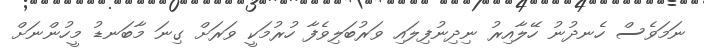
ނަމަވެސް ހެނދުނު ހޭލާއިރު ނިދިނުފިލައި ވަރުބަލިވެފާ ހުރުމަކީ ވަރަށް ގިނަ މާބަނޑު މީހުންނަށް